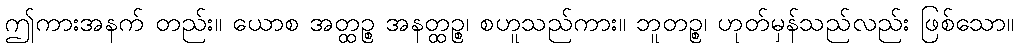
ဤကားအနက် တည်း။ ယောစ အတ္ထဉ္စ အနတ္ထဉ္စ၊ စဟူသည်ကား။ ဘူတဉ္စ၊ ဟုတ်မှန်သည်လည်း ဖြစ်သော။